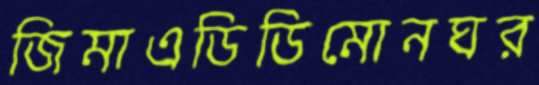
জিমাএডিডিমোনঘর